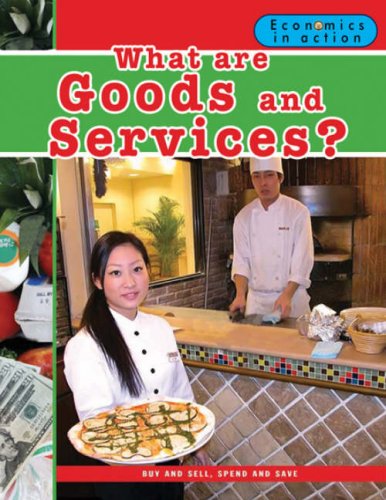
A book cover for What Are Goods and Services? (Economics in Action); Carolyn Andrews; Children's Books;